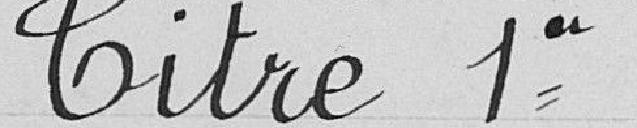
Titre premier